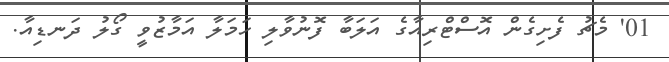
01' މެޗު ފެށިގެން އޮސްޓްރިއާގެ އަލަބާ ފޮނުވާލި ހަމަލާ އަމާޒުވީ ގޯލު ދަނޑިއާ.